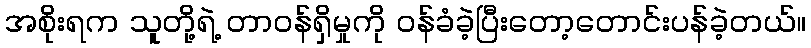
အစိုးရက သူတို့ရဲ့ တာဝန်ရှိမှုကို ဝန်ခံခဲ့ပြီးတော့တောင်းပန်ခဲ့တယ်။